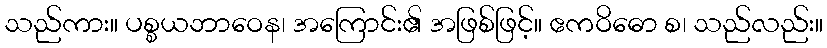
သည်ကား။ ပစ္စယဘာဝေန၊ အကြောင်း၏ အဖြစ်ဖြင့်။ ဧကဝိဓော စ၊ သည်လည်း။